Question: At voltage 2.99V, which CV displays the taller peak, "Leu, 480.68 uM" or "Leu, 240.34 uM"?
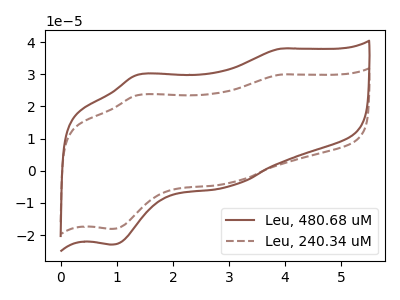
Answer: <think>The brown curve "Leu, 480.68 uM" has anodic peaks at (3.90V, 38.00uA) (1.35V, 29.85uA) and cathodic peaks at (3.00V, -4.95uA) (0.90V, -23.00uA). The brown dashed curve "Leu, 240.34 uM" has anodic peaks at (3.90V, 29.90uA) (1.35V, 23.50uA) and cathodic peaks at (3.00V, -3.90uA) (0.90V, -18.10uA).</think>
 <answer>The peak at 2.99V is higher in "Leu, 480.68 uM" than in "Leu, 240.34 uM".</answer>
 <eval>higher</eval>